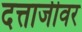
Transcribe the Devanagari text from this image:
दत्ताजीवर